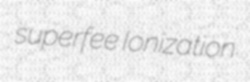
superfee Ionization